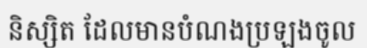
និស្សិត ដែលមានបំណងប្រឡងចូល